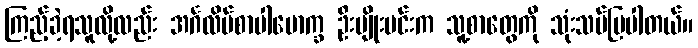
ကြည့်ခဲ့ရသူလို့လည်း အင်္ဂလိပ်စာပါမောက္ခ ဦးမျိုးမင်းက သူ့စာတွေကို သုံးသပ်ပြပါတယ်။